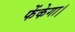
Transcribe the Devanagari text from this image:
फेंकेगा।